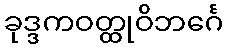
ခုဒ္ဒကဝတ္ထုဝိဘင်္ဂေ